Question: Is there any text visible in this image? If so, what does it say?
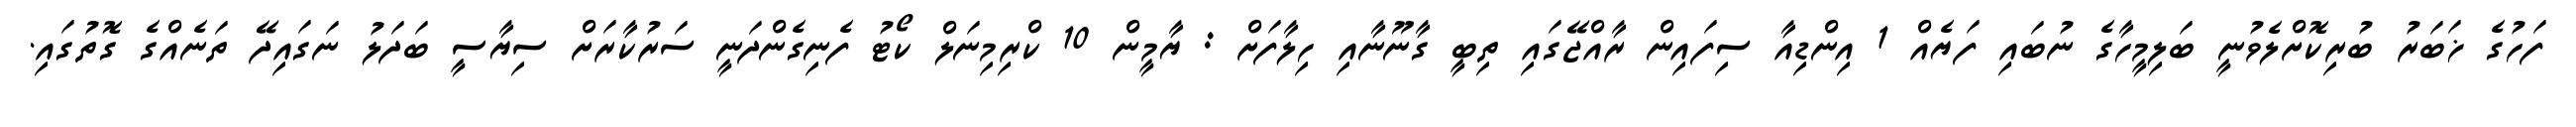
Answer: ފަހުގެ ޚަބަރު ބުރިކޮށްލެވުނީ ބަލިމީހާގެ ނުބައި ފަޔެއް 1 އިންޑިއާ ސިފައިން ރާއްޖޭގައި ތިބީ ގާނޫނާއި ހިލާފަށް : ޔާމީން 10 ކްރިމިނަލް ކޯޓު ފެނިގެންދަނީ ސަރުކާރަށް ސިޔާސީ ބަދަލު ނަގައިދޭ ތަނެއްގެ ގޮތުގައި.